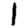
Digit: 1